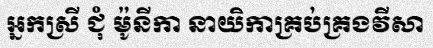
អ្នកស្រី ជុំ ម៉ូនីកា នាយិកាគ្រប់គ្រងវីសា